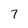
Character: 7